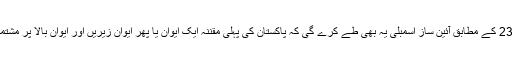
آرٹیکل 23 کے مطابق آئین ساز اسمبلی یہ بھی طے کرے گی کہ پاکستان کی پہلی مقننہ ایک ایوان یا پھر ایوان زیریں اور ایوان بالا پر مشتمل ہوگی۔